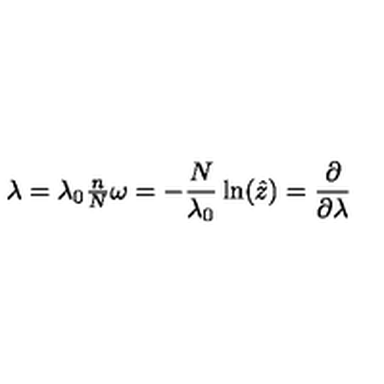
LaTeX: \begin{matrix} { \lambda = \lambda _ { 0 } \frac { n } { N } } \\ { \omega = - \frac { N } { \lambda _ { 0 } } \ln ( \hat { z } ) = \frac { \partial } { \partial \lambda } } \\ \end{matrix}